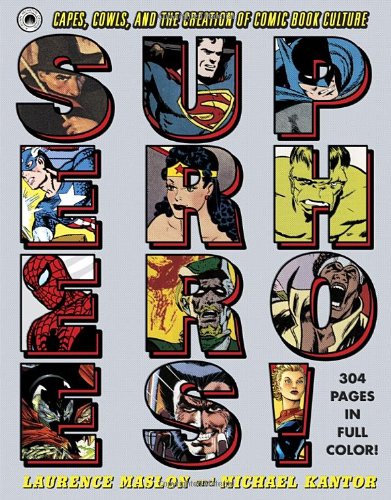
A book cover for Superheroes!: Capes, Cowls, and the Creation of Comic Book Culture; Laurence Maslon; Comics & Graphic Novels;